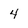
Character: 4